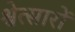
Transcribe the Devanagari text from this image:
श्वेत्सारों